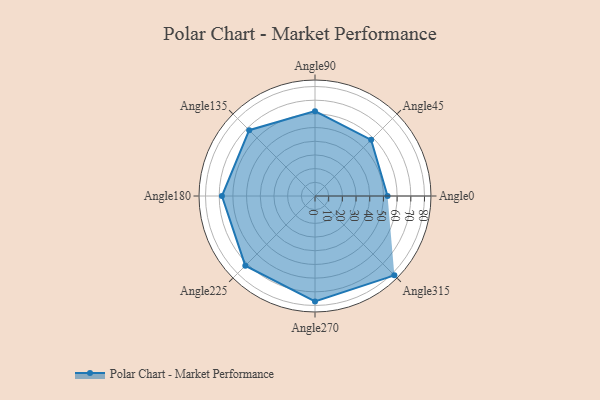
{"axis": {"x": "Angle", "y": "Radius"}, "legend": [""], "data": [{"x": "Angle0", "y": 53.0, "type": ""}, {"x": "Angle45", "y": 58.0, "type": ""}, {"x": "Angle90", "y": 62.0, "type": ""}, {"x": "Angle135", "y": 68.0, "type": ""}, {"x": "Angle180", "y": 68.0, "type": ""}, {"x": "Angle225", "y": 72.0, "type": ""}, {"x": "Angle270", "y": 77.0, "type": ""}, {"x": "Angle315", "y": 82.0, "type": ""}]}